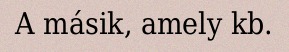
A másik, amely kb.